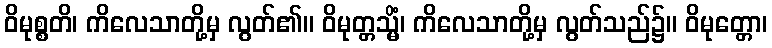
ဝိမုစ္စတိ၊ ကိလေသာတို့မှ လွတ်၏။ ဝိမုတ္တသ္မိံ၊ ကိလေသာတို့မှ လွတ်သည်၌။ ဝိမုတ္တော၊